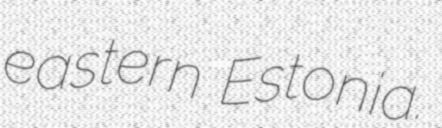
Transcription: eastern Estonia.